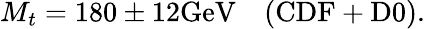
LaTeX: M_{t}=180\pm 12\mathrm{GeV}~~~~\mathrm{(CDF+D0)}.